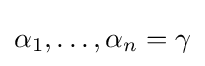
\alpha _{1},\dots ,\alpha _{n}=\gamma